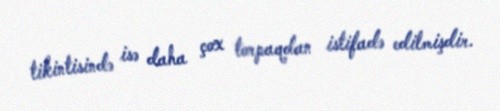
tikintisində isə daha çox torpaqdan istifadə edilmişdir.